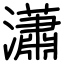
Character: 瀟